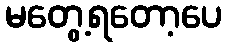
မတွေ့ရတော့ပေ